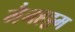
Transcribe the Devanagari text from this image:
मैनहट्टम